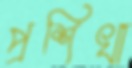
প্রশিখা